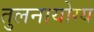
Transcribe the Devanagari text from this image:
तुलनायोग्य